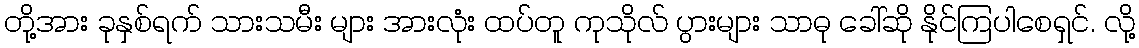
တို့အား ခုနှစ်ရက် သားသမီး များ အားလုံး ထပ်တူ ကုသိုလ် ပွားများ သာဓု ခေါ်ဆို နိုင်ကြပါစေရှင်. လို့